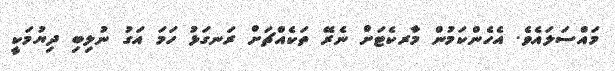
މައްސަލައެވެ. އެހެންކަމުން މާރކެޓަށް ނެރޭ ތަކެއްޗަށް ރަނގަޅު ހަމަ އަގު ނުލިބި ދިޔުމަކީ